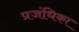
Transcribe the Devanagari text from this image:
प्रजंधिका